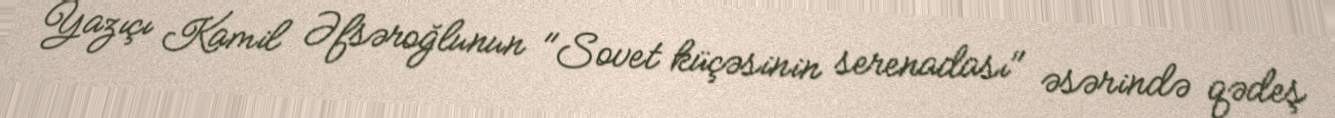
Yazıçı Kamil Əfsəroğlunun "Sovet küçəsinin serenadası" əsərində qədeş